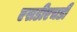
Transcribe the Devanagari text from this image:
एसडीएचडी